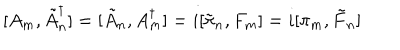
[ A _ { m } , \tilde { A } _ { n } ^ { \dagger } ] = [ \tilde { A } _ { n } , A _ { m } ^ { \dagger } ] = i [ \tilde { \pi } _ { n } , F _ { m } ] = i [ \pi _ { m } , \tilde { F } _ { n } ]